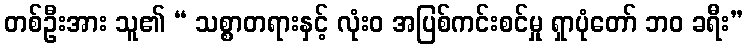
တစ်ဦးအား သူ၏ “ သစ္စာတရားနှင့် လုံးဝ အပြစ်ကင်းစင်မှု ရှာပုံတော် ဘဝ ခရီး”